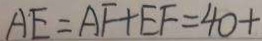
A E = A F + E F = 4 0 +